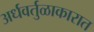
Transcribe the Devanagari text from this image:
अर्धवर्तुळाकारात